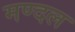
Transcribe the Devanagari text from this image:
मण्दल